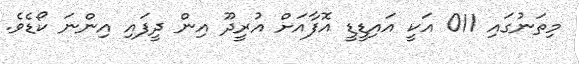
މިތަނުގައި 011 އަކީ އައިޑީޑީ އޮފާއަށް އުރީދޫ އިން ދީފައި އިންނަ ކޯޑެވެ.